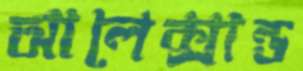
আলেক্সান্ড